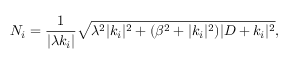
{ \cal N } _ { i } = \frac { 1 } { | \lambda k _ { i } | } \sqrt { \lambda ^ { 2 } | k _ { i } | ^ { 2 } + ( \beta ^ { 2 } + | k _ { i } | ^ { 2 } ) | D + k _ { i } | ^ { 2 } } ,